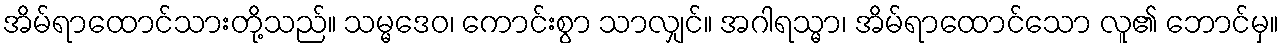
အိမ်ရာထောင်သားတို့သည်။ သမ္မဒေဝ၊ ကောင်းစွာ သာလျှင်။ အဂါရသ္မာ၊ အိမ်ရာထောင်သော လူ၏ ဘောင်မှ။